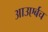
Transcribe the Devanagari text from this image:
आउएर्बच